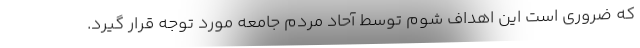
که ضروری است این اهداف شوم توسط آحاد مردم جامعه مورد توجه قرار گیرد.